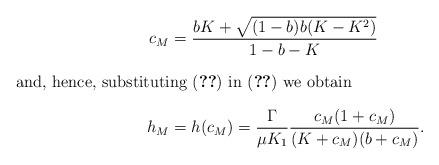
LaTeX: \begin{align*}c_M&=\frac{bK+\sqrt{(1-b)b(K-K^2)}}{1-b-K}\\\intertext{and, hence, substituting \eqref{eq:cM} in \eqref{eq:Nullcline1} we obtain}h_M&=h(c_M)=\frac{\Gamma}{\mu K_1}\frac{c_M(1+c_M)}{(K+c_M)(b+c_M)}.\end{align*}